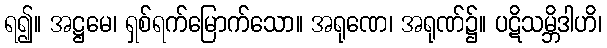
ရ၍။ အဋ္ဌမေ၊ ရှစ်ရက်မြောက်သော။ အရုဏေ၊ အရုဏ်၌။ ပဋိသမ္ဘိဒါဟိ၊